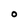
Character: o